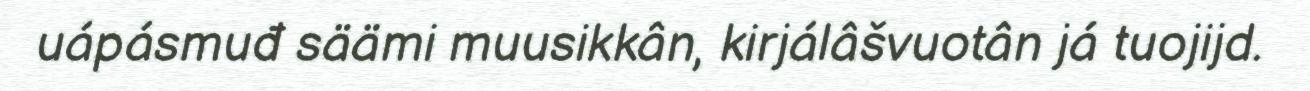
uápásmuđ säämi muusikkân, kirjálâšvuotân já tuojijd.